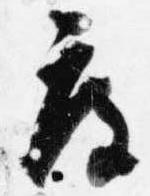
度